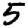
Digit: 5